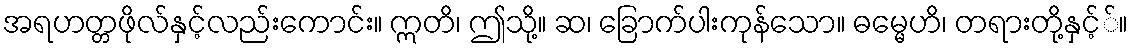
အရဟတ္တဖိုလ်နှင့်လည်းကောင်း။ ဣတိ၊ ဤသို့။ ဆ၊ ခြောက်ပါးကုန်သော။ ဓမ္မေဟိ၊ တရားတို့နှင့််။